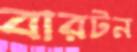
বারটন